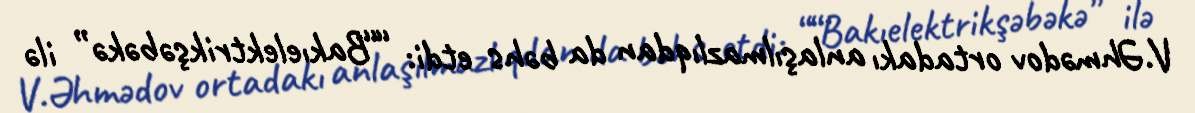
V.Əhmədov ortadakı anlaşılmazlıqdan da bəhs etdi: ““Bakıelektrikşəbəkə” ilə